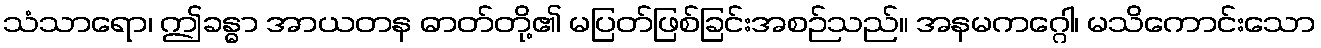
သံသာရော၊ ဤခန္ဓာ အာယတန ဓာတ်တို့၏ မပြတ်ဖြစ်ခြင်းအစဉ်သည်။ အနမကဂ္ဂေါ၊ မသိကောင်းသော